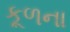
કૂળના